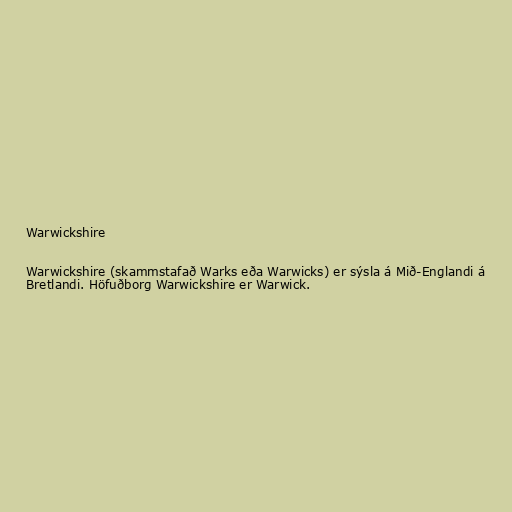
Warwickshire

Warwickshire (skammstafað Warks eða Warwicks) er sýsla á Mið-Englandi á
Bretlandi. Höfuðborg Warwickshire er Warwick.